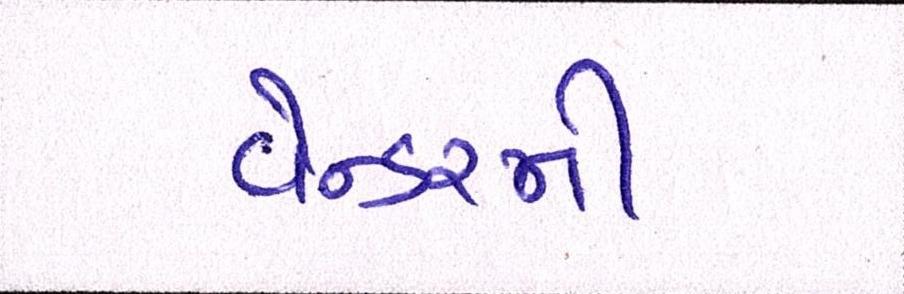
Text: વેન્ડરની